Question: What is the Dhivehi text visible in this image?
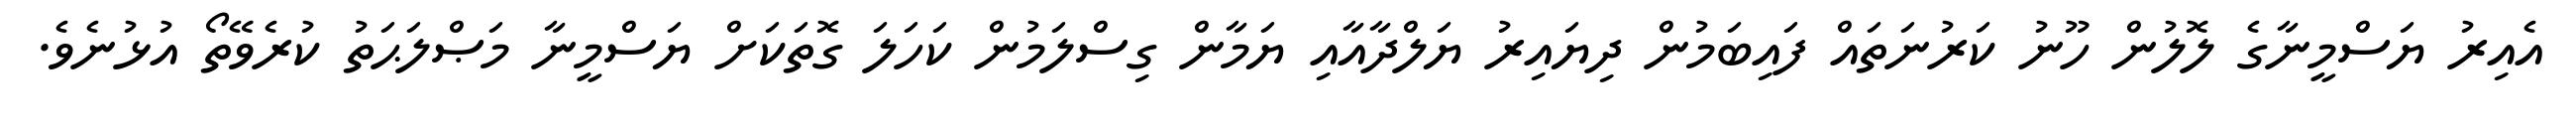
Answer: އެއިރު ޔަސްމީނާގެ ލޮލުން ހޫނު ކަރުނަތައް ފައިބަމުން ދިޔައިރު ޔަލްދާއާއި ޔަމާން ގިސްލަމުން ކަހަލަ ގޮތަކަށް ޔަސްމީނާ މަޞްލަޙަތު ކުރެވޭތޯ އުޅުނެވެ.